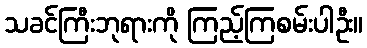
သခင်ကြီးဘုရားကို ကြည့်ကြစမ်းပါဦး။